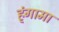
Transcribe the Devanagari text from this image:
ह्ंगामा